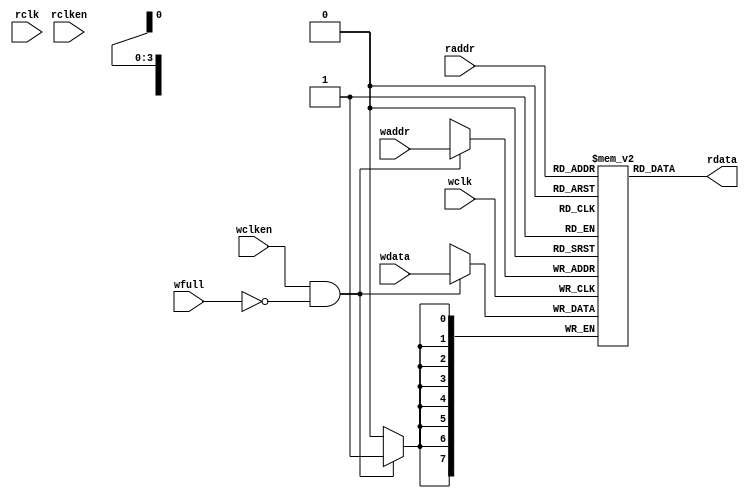
//-----------------------------------------------------------------------------
// Copyright 2017 Damien Pretet ThotIP
//
// Licensed under the Apache License, Version 2.0 (the "License");
// you may not use this file except in compliance with the License.
// You may obtain a copy of the License at
//
//     http://www.apache.org/licenses/LICENSE-2.0
//
// Unless required by applicable law or agreed to in writing, software
// distributed under the License is distributed on an "AS IS" BASIS,
// WITHOUT WARRANTIES OR CONDITIONS OF ANY KIND, either express or implied.
// See the License for the specific language governing permissions and
// limitations under the License.
//-----------------------------------------------------------------------------

`timescale 1 ns / 1 ps
`default_nettype none

module fifomem

    #(
        parameter  DATASIZE = 8,    // Memory data word width
        parameter  ADDRSIZE = 4,    // Number of mem address bits
        parameter  FALLTHROUGH = "TRUE" // First word fall-through
    ) (
        input  wire                wclk,
        input  wire                wclken,
        input  wire [ADDRSIZE-1:0] waddr,
        input  wire [DATASIZE-1:0] wdata,
        input  wire                wfull,
        input  wire                rclk,
        input  wire                rclken,
        input  wire [ADDRSIZE-1:0] raddr,
        output wire [DATASIZE-1:0] rdata
    );

    localparam DEPTH = 1<<ADDRSIZE;

    reg [DATASIZE-1:0] mem [0:DEPTH-1];
    reg [DATASIZE-1:0] rdata_r;

    always @(posedge wclk) begin
        if (wclken && !wfull)
            mem[waddr] <= wdata;
    end

    generate
        if (FALLTHROUGH == "TRUE")
        begin : fallthrough
            assign rdata = mem[raddr];
        end
        else
        begin : registered_read
            always @(posedge rclk) begin
                if (rclken)
                    rdata_r <= mem[raddr];
            end
            assign rdata = rdata_r;
        end
    endgenerate

endmodule

`resetall